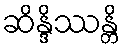
ဆိန္ဒိဿန္တိ